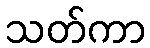
သတ်ကာ